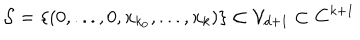
LaTeX: { \cal S } = \left\{ \left( 0 , . . . , 0 , x _ { k _ { 0 } } , . . . , x _ { k } \right) \right\} \subset { \cal V } _ { d + 1 } \subset { \bf C } ^ { k + 1 }